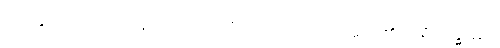
ပဝတ္တတိ၊ လည်သနည်း။ သကဝိသယဿ၊ မိမိအရာ၏။ ပရိသုဒ္ဓတ္တာ၊